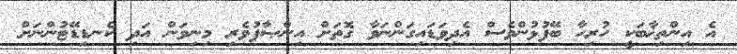
އެ އިންތިޚާބަކީ ހުރިހާ ބޭފުޅުންވެސް އެދިވަޑައިގަންނަވާ ގޮތަށް އިންޞާފުވެރި މިނިވަން އަދި ކެނޑިޑޭޓުންނަށް